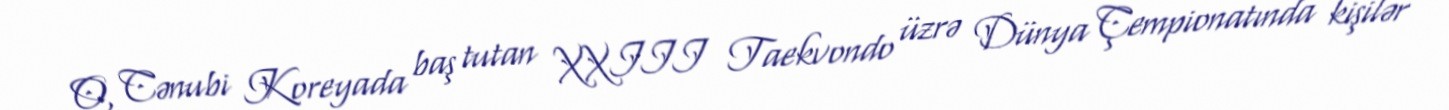
O, Cənubi Koreyada baş tutan XXIII Taekvondo üzrə Dünya Çempionatında kişilər